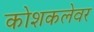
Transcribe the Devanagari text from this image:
कोशकलेवर